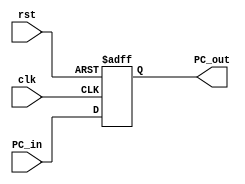
module PC (
input        [31:0] PC_in,
input               clk,
input               rst,
output reg   [31:0] PC_out
);

always @(posedge clk , negedge rst) begin
     if (!rst)
      begin
       PC_out <= 32'b0;
      end 
     else
      begin 
          PC_out <= PC_in;
      end
end
endmodule